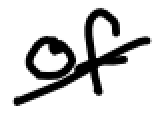
Text: of
Cross-out: diagonal
Writing tool: digital_black